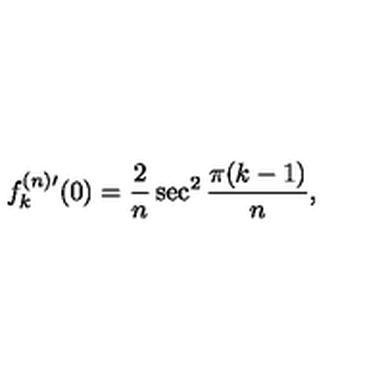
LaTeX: f _ { k } ^ { ( n ) \prime } ( 0 ) = \frac { 2 } { n } \sec ^ { 2 } \frac { \pi ( k - 1 ) } { n } ,